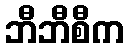
ဘီဘီစီက